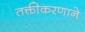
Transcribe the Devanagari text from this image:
तक्तीकरणाने